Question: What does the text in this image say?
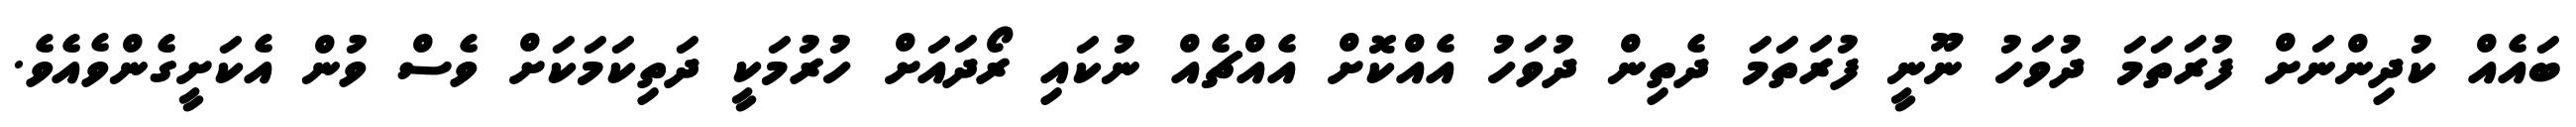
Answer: ބައެއް ކުދިންނަށް ފުރަތަމަ ދުވަހު ނޫނީ ފުރަތަމަ ދެތިން ދުވަހު އެއްކޮށް އެއްޗެއް ނުކައި ރޯދައަށް ހުރުމަކީ ދަތިކަމަކަށް ވެސް ވުން އެކަށީގެންވެއެވެ.